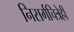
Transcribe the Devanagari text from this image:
निसर्गचित्रेही